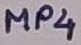
Text: MP4